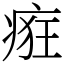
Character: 㾠